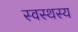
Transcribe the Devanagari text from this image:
स्वस्थस्य